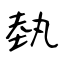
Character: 埶